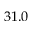
3 1 . 0